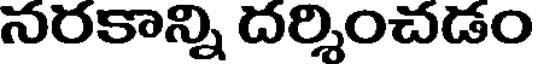
నరకాన్ని దర్శించడం